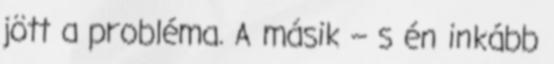
jött a probléma. A másik – s én inkább